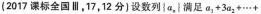
(2017课标全国Ⅲ，17，12分)设数列\left \{a，\right \}满足$$a_{3}+3a_{2}+\cdots +$$